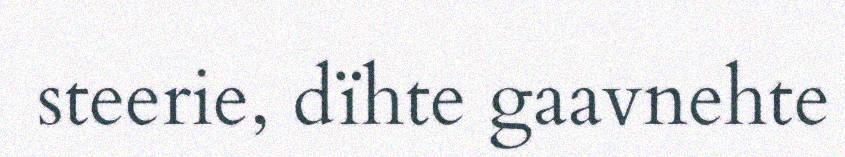
steerie, dïhte gaavnehte